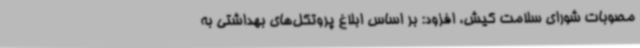
مصوبات شورای سلامت کیش، افزود: بر اساس ابلاغ پروتکل‌های بهداشتی به